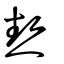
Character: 𤍽